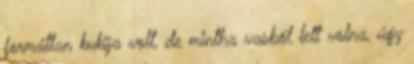
formátlan kukija volt, de mintha vasból lett volna, úgy